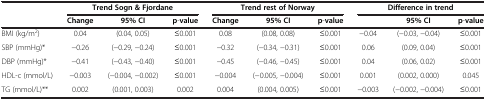
<table><thead><tr><td><b> </b></td><td colspan="3"><b>Trend Sogn &amp; Fjordane</b></td><td colspan="3"><b>Trend rest of Norway</b></td><td colspan="3"><b>Difference in trend</b></td></tr><tr><td><b> </b></td><td><b>Change</b></td><td><b>95% CI</b></td><td><b>p-value</b></td><td><b>Change</b></td><td><b>95% CI</b></td><td><b>p-value</b></td><td><b> </b></td><td><b>95% CI</b></td><td><b>p-value</b></td></tr></thead><tbody><tr><td>BMI (kg/m<sup>2</sup>)</td><td>0.04</td><td>(0.04, 0.05)</td><td>≤0.001</td><td>0.08</td><td>(0.08, 0.08)</td><td>≤0.001</td><td>−0.04</td><td>(−0.03, −0.04)</td><td>≤0.001</td></tr><tr><td>SBP (mmHg)*</td><td>−0.26</td><td>(−0.29, −0.24)</td><td>≤0.001</td><td>−0.32</td><td>(−0.34, −0.31)</td><td>≤0.001</td><td>0.06</td><td>(0.09, 0.04)</td><td>≤0.001</td></tr><tr><td>DBP (mmHg)*</td><td>−0.41</td><td>(−0.43, −0.40)</td><td>≤0.001</td><td>−0.45</td><td>(−0.46, −0.45)</td><td>≤0.001</td><td>0.04</td><td>(0.06, 0.02)</td><td>≤0.001</td></tr><tr><td>HDL-c (mmol/L)</td><td>−0.003</td><td>(−0.004, −0.002)</td><td>≤0.001</td><td>−0.004</td><td>(−0.005, −0.004)</td><td>≤0.001</td><td>0.001</td><td>(0.002, 0.000)</td><td>0.045</td></tr><tr><td>TG (mmol/L)**</td><td>0.002</td><td>(0.001, 0.003)</td><td>0.002</td><td>0.004</td><td>(0.004, 0.005)</td><td>≤0.001</td><td>−0.003</td><td>(−0.002, −0.004)</td><td>≤0.001</td></tr></tbody></table>